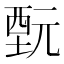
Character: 𲁋